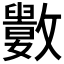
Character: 𣀭